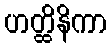
ဟတ္ထိနိကာ